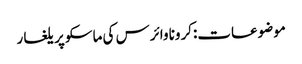
موضوعات:کرونا وائرس کی ماسکو پر یلغار